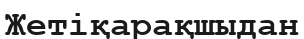
Жетіқарақшыдан